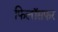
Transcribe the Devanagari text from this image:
फिलॉसफर